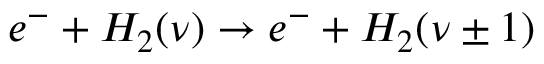
e ^ { - } + H _ { 2 } ( \nu ) \rightarrow e ^ { - } + H _ { 2 } ( \nu \pm 1 )